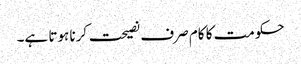
حکومت کا کام صرف نصیحت کرنا ہوتا ہے۔